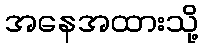
အနေအထားသို့